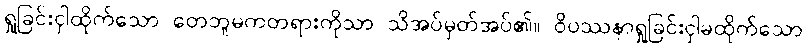
ရှုခြင်းငှါထိုက်သော တေဘူမကတရားကိုသာ သိအပ်မှတ်အပ်၏။ ဝိပဿနာရှုခြင်းငှါမထိုက်သော